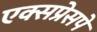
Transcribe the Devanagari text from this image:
एक्सप्रेसपे